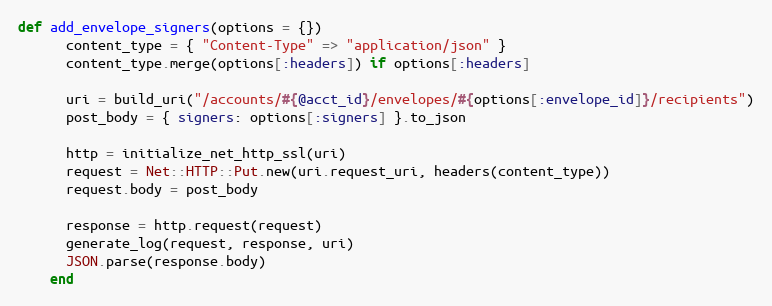
Language: Ruby
def add_envelope_signers(options = {})
      content_type = { "Content-Type" => "application/json" }
      content_type.merge(options[:headers]) if options[:headers]

      uri = build_uri("/accounts/#{@acct_id}/envelopes/#{options[:envelope_id]}/recipients")
      post_body = { signers: options[:signers] }.to_json

      http = initialize_net_http_ssl(uri)
      request = Net::HTTP::Put.new(uri.request_uri, headers(content_type))
      request.body = post_body

      response = http.request(request)
      generate_log(request, response, uri)
      JSON.parse(response.body)
    end